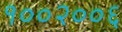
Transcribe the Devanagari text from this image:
१००२००६